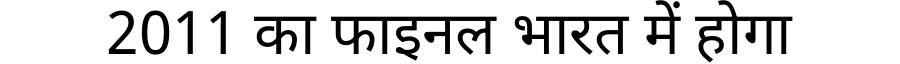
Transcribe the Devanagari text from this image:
2011 का फाइनल भारत में होगा